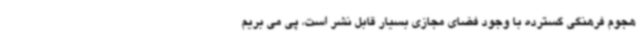
هجوم فرهنگی گسترده با وجود فضای مجازی بسیار قابل نشر است، پی می بریم